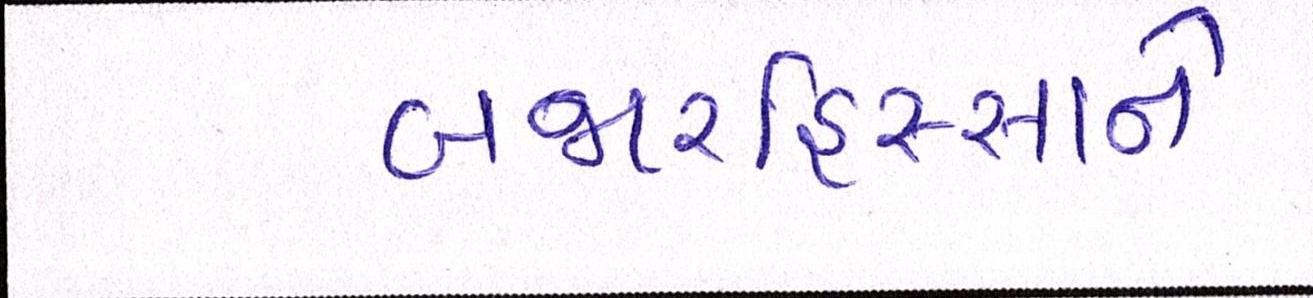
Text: બજારહિસ્સાને